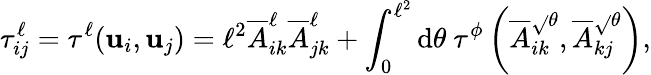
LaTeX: \tau_{ij}^{\ell}=\tau^{\ell}(\mathbf{u}_{i},\mathbf{u}_{j})=\ell^{2}\overline{{{A}}}_{ik}^{\ell}\overline{{{A}}}_{jk}^{\ell}+\int_{0}^{\ell^{2}}\mathrm{{d}}\theta~\tau^{\phi}\left(\overline{{{A}}}_{ik}^{\sqrt{}{{\theta}}},\overline{{{A}}}_{kj}^{\sqrt{}{{\theta}}}\right),